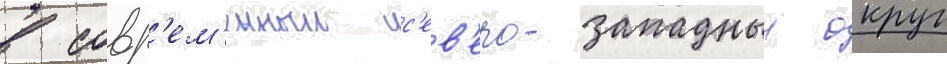
в совр'ем'енныи с'ев'еро-западныи округ